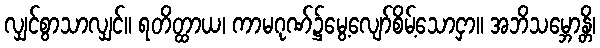
လျှင်စွာသာလျှင်။ ရတိတ္ထာယ၊ ကာမဂုဏ်၌မွေ့လျော်စိမ့်သောငှာ။ အဘိသမ္ဘောန္တိ၊